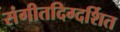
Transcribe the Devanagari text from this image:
संगीतदिग्दर्शित